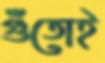
গুঁতোই